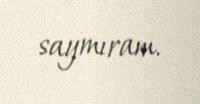
saymıram.